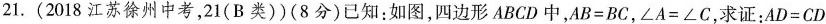
21.(2018江苏徐州中考，21(B类))(8分)已知：如图，四边形ABCD中，$$A B = B C$$ ，$$ ∠ A = ∠ C$$ ，求证：$$ A D = C D$$ 。